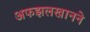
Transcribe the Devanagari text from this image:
अफझलखानने